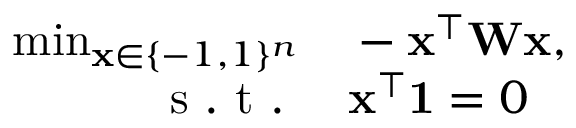
\begin{array} { r l } { \operatorname* { m i n } _ { \mathbf { x } \in \{ - 1 , 1 \} ^ { n } } } & { { } - \mathbf { x } ^ { \top } \mathbf { W } \mathbf { x } , } \\ { \mathrm { ~ s ~ . ~ t ~ . ~ } } & { { } \mathbf { x } ^ { \top } \mathbf { 1 } = 0 } \end{array}